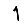
Digit: 1